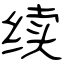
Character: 续